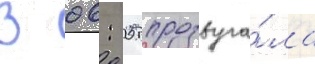
В 06: 05 прозвуча́ла